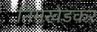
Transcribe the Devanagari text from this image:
निमखेडकर